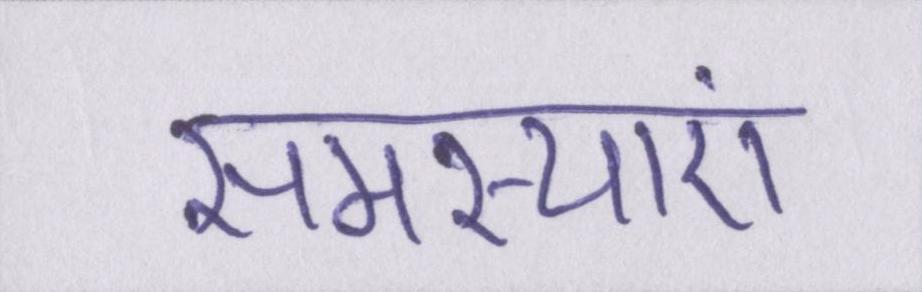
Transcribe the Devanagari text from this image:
समस्याएं